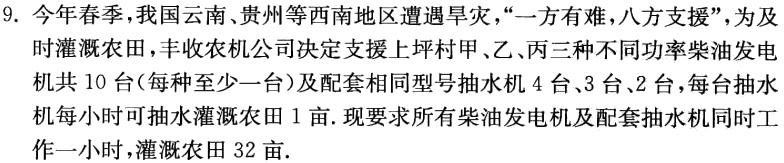
9. 今年春季，我国云南、贵州等西南地区遭遇旱灾，“一方有难，八方支援”，为及时灌溉农田，丰收农机公司决定支援上坪村甲、乙、丙三种不同功率柴油发电机共 10 台(每种至少一台)及配套相同型号抽水机 4 台、3 台、2 台，每台抽水机每小时可抽水灌溉农田 1 亩. 现要求所有柴油发电机及配套抽水机同时工作一小时，灌溉农田 32 亩.